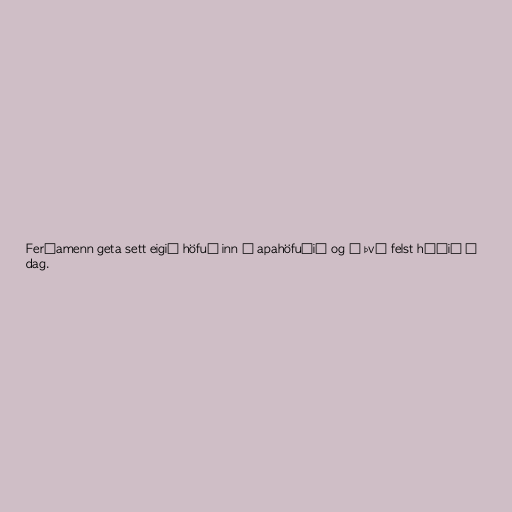
Ferðamenn geta sett eigið höfuð inn í apahöfuðið og í því felst háðið í
dag.